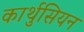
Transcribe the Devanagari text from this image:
कार्थुसियन